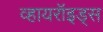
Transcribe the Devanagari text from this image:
व्हायरॉइड्स